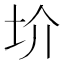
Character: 圿